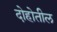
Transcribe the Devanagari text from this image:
दोहोतील